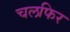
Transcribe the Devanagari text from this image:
चलफिर